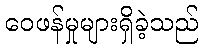
ဝေဖန်မှုများရှိခဲ့သည်